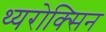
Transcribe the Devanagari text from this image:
थ्यरोक्सिन